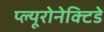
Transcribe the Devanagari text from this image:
प्ल्यूरोनेक्टिडे